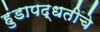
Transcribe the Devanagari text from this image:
हुंडापद्धतीचे